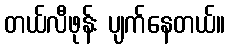
တယ်လီဖုန်း ပျက်နေတယ်။